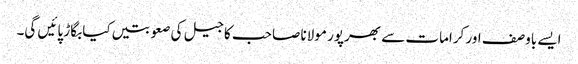
ایسے باوصف اور کرامات سے بھرپور مولانا صاحب کا جیل کی صعوبتیں کیا بگاڑ پائیں گی۔